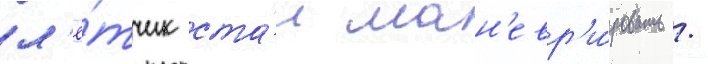
л'ё́тчик ста́л ман'евр'и́ровать /